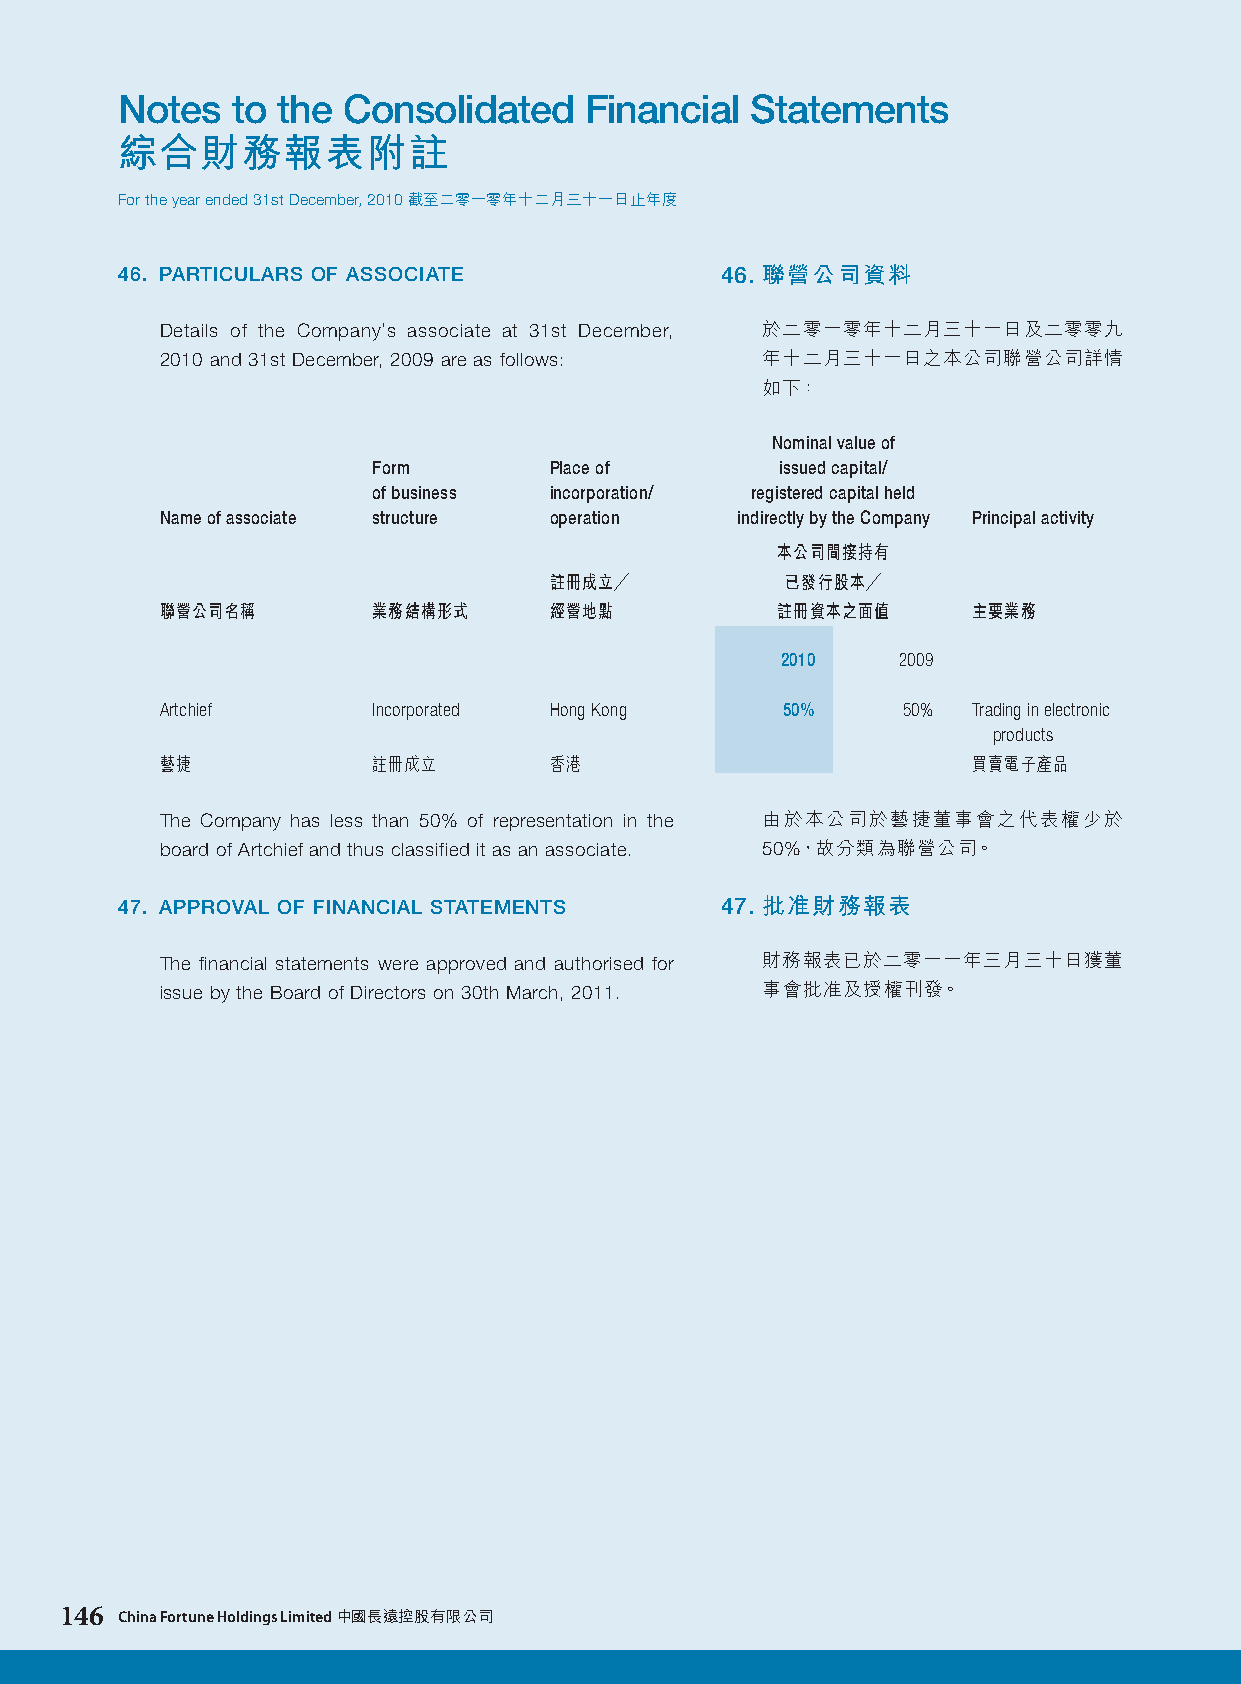
Notes  to the  Consolidated    Financial  Statements
 綜合財務報表附註
 For the year ended 31st December, 2010 截至二零一零年十二月三十一日止年度
 46. PARTICULARS OF ASSOCIATE            46. 聯營公司資料
 Details of the Company’s associate at 31st December, 於二零一零年十二月三十一日及二零零九
 2010 and 31st December, 2009 are as follows: 年十二月三十一日之本公司聯營公司詳情
 如下：
 Nominal value of
 Form       Place of        issued capital/
 of business incorporation/ registered capital held
 Name of associate structure operation indirectly by the Company Principal activity
 本公司間接持有
 註冊成立╱           已發行股本╱
 聯營公司名稱        業務結構形式     經營地點           註冊資本之面值      主要業務
 2010   2009
 Artchief      Incorporated Hong Kong     50%     50% Trading in electronic
 products
 藝捷            註冊成立       香港                          買賣電子產品
 The Company has less than 50% of representation in the 由於本公司於藝捷董事會之代表權少於
 board of Artchief and thus classified it as an associate. 50%，故分類為聯營公司。
 47. APPROVAL OF FINANCIAL STATEMENTS    47. 批准財務報表
 The financial statements were approved and authorised for 財務報表已於二零一一年三月三十日獲董
 issue by the Board of Directors on 30th March, 2011. 事會批准及授權刊發。
 146 China Fortune Holdings Limited 中國長遠控股有限公司